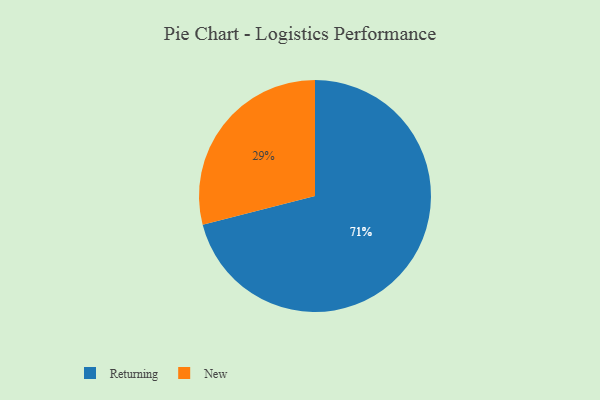
{"axis": {"x": "Category", "y": "Percentage"}, "legend": ["New", "Returning"], "data": [{"x": "New", "y": 29, "type": "New"}, {"x": "Returning", "y": 71, "type": "Returning"}]}